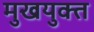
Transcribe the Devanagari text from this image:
मुखयुक्त